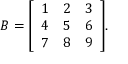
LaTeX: B = { \left[ \begin{array} { l l l } { 1 } & { 2 } & { 3 } \\ { 4 } & { 5 } & { 6 } \\ { 7 } & { 8 } & { 9 } \end{array} \right] } .